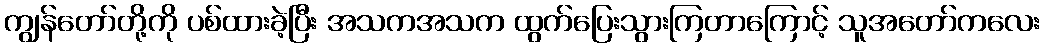
ကျွန်တော်တို့ကို ပစ်ထားခဲ့ပြီး အသကအသက ထွက်ပြေးသွားကြတာကြောင့် သူအတော်ကလေး